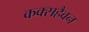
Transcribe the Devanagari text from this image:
कक्सहैवन